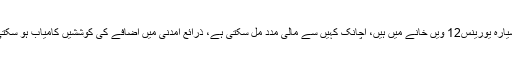
21فروری سے سیارہ مریخ 8ویںاور سیارہ یورینس12 ویں خانے میں ہیں، اچانک کہیں سے مالی مدد مل سکتی ہے، ذرائع آمدنی میں اضافے کی کوششیں کامیاب ہو سکتی ہیں، یہ اللہ کی رحمت کی نشانی ہے۔